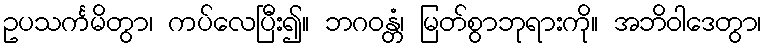
ဥပသင်္ကမိတွာ၊ ကပ်လေပြီး၍။ ဘဂဝန္တံ၊ မြတ်စွာဘုရားကို။ အဘိဝါဒေတွာ၊